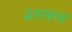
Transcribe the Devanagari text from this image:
शनन